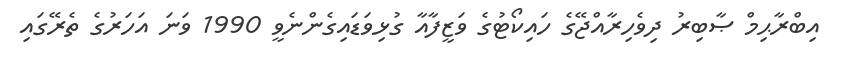
އިބްރާޙިމް ޞާބިރު ދިވެހިރާއްޖޭގެ ހައިކޯޓުގެ ވަޒީފާއާ ގުޅިވަޑައިގެންނެވީ 1990 ވަނަ އަހަރުގެ ތެރޭގައި